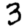
Digit: 3